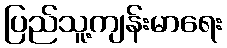
ပြည်သူ့ကျန်းမာရေး